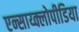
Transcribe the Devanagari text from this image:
एन्साय्क्लोपीडिया